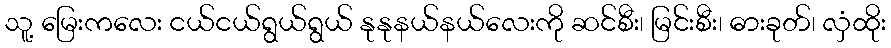
သူ့ မြေးကလေး ငယ်ငယ်ရွယ်ရွယ် နုနုနယ်နယ်လေးကို ဆင်စီး၊ မြင်းစီး၊ ဓားခုတ်၊ လှံထိုး